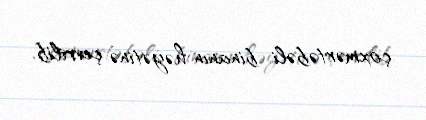
çoxmərtəbəli binanın həyətinə çevrilib.